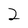
Character: 2